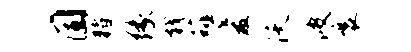
固猪缘戟薤爱沃波襄